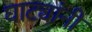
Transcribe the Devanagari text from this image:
घाट्यांनी